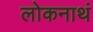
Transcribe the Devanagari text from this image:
लोकनाथं